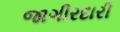
જાગીરદારી